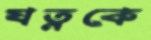
যত্নকে